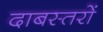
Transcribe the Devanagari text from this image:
दाबस्तरों